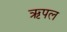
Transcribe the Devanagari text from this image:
ऋपल